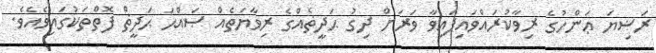
ރަޟިޔަ ޢަންހުގެ ރިވާކުރައްވައިފައިވާ ވަރަށް ދިގު ޙަދީޡެއްގެ ރިވާޔަތެއް ޞައްޙަ ޙަދީޡް ފޮތްތަކުގައިވެއެވެ.